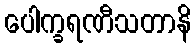
ပေါက္ခရဏီသတာနိ